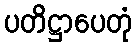
ပတိဋ္ဌာပေတုံ